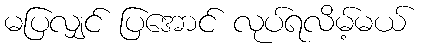
မပြလျှင် ပြအောင် လုပ်ရလိမ့်မယ်